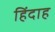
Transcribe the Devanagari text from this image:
हिंदाह